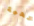
تحية